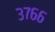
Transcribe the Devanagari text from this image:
३७६६